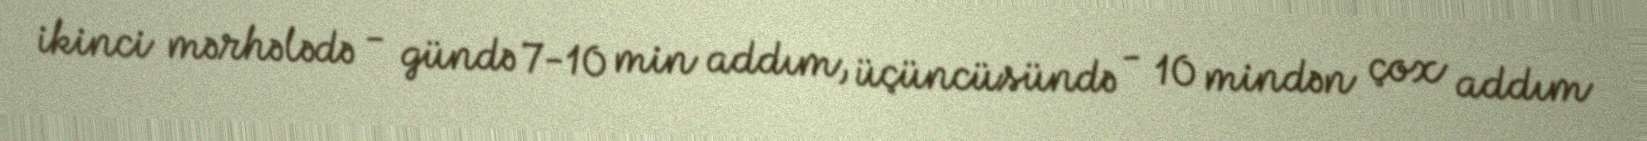
ikinci mərhələdə - gündə 7-10 min addım, üçüncüsündə - 10 mindən çox addım